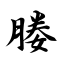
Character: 媵